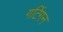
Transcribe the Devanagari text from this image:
गटिंगन